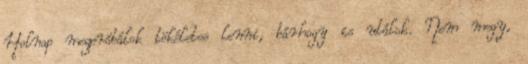
Holnap megpróbálok tökéletes lenni, bárhogy is utálok. Nem megy,